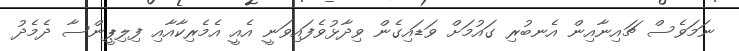
ނަމަވެސް ޗައިނާއިން އެނބުރި ގައުމަށް ވަޑައިގެން ވިދާޅުވެފައިވަނީ އެއީ އެމެރިކާއާއި ފިލިޕީންސާ ދެމެދު